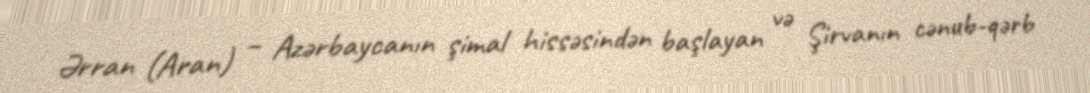
Ərran (Aran) – Azərbaycanın şimal hissəsindən başlayan və Şirvanın cənub-qərb